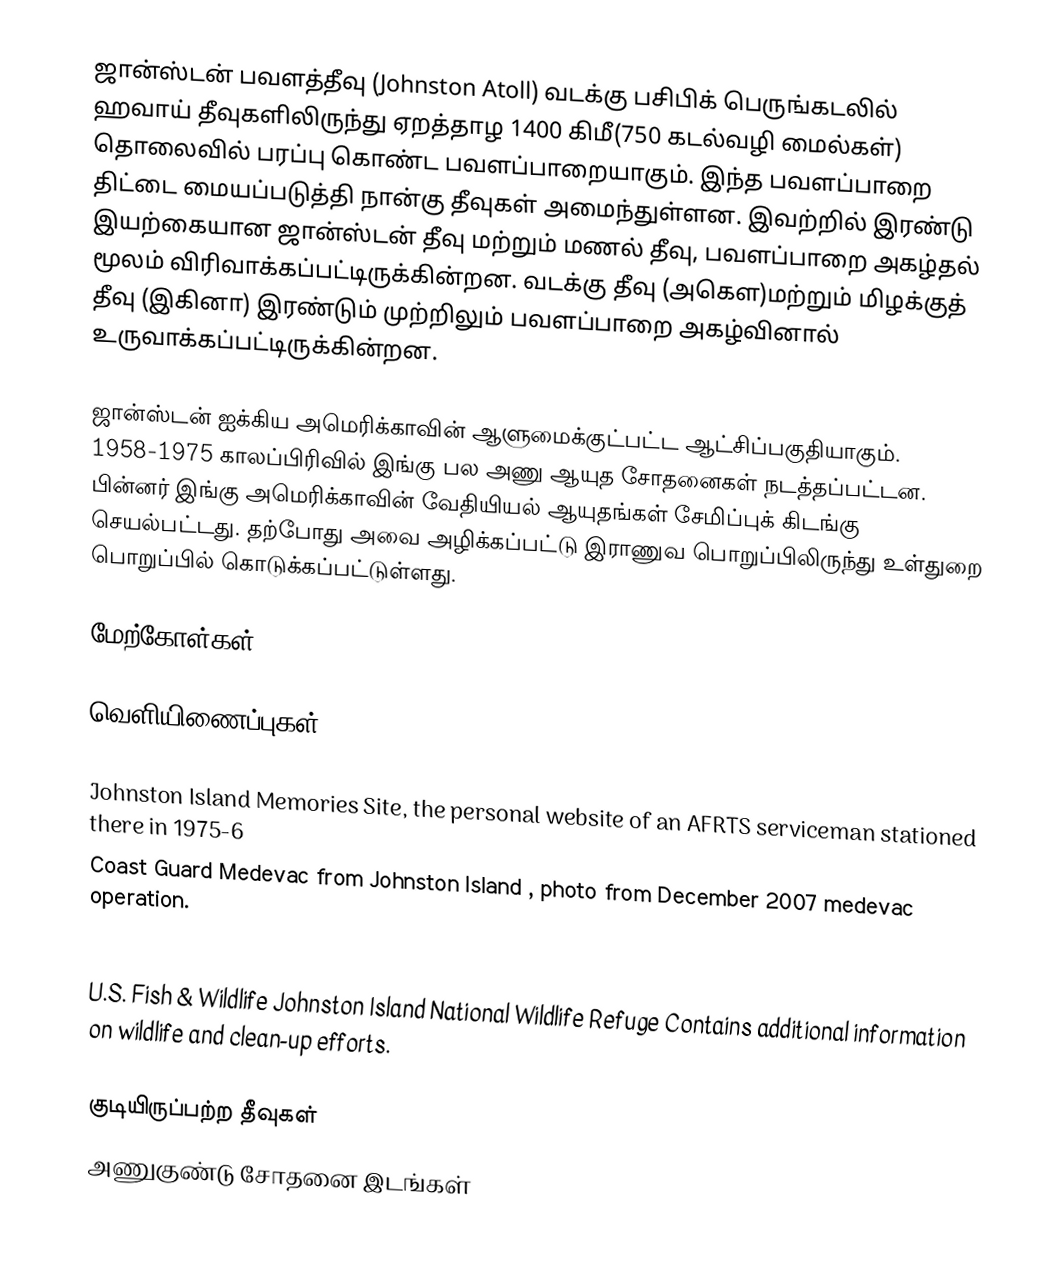
ஜான்ஸ்டன் பவளத்தீவு (Johnston Atoll) வடக்கு பசிபிக் பெருங்கடலில் ஹவாய் தீவுகளிலிருந்து ஏறத்தாழ 1400 கிமீ(750 கடல்வழி மைல்கள்) தொலைவில்  பரப்பு கொண்ட பவளப்பாறையாகும். இந்த பவளப்பாறை திட்டை மையப்படுத்தி நான்கு தீவுகள் அமைந்துள்ளன. இவற்றில் இரண்டு இயற்கையான ஜான்ஸ்டன் தீவு மற்றும் மணல் தீவு, பவளப்பாறை அகழ்தல் மூலம் விரிவாக்கப்பட்டிருக்கின்றன. வடக்கு தீவு (அகௌ)மற்றும் மிழக்குத் தீவு (இகினா) இரண்டும் முற்றிலும் பவளப்பாறை அகழ்வினால் உருவாக்கப்பட்டிருக்கின்றன.

ஜான்ஸ்டன் ஐக்கிய அமெரிக்காவின் ஆளுமைக்குட்பட்ட ஆட்சிப்பகுதியாகும். 1958-1975 காலப்பிரிவில் இங்கு பல அணு ஆயுத சோதனைகள் நடத்தப்பட்டன. பின்னர் இங்கு அமெரிக்காவின் வேதியியல் ஆயுதங்கள் சேமிப்புக் கிடங்கு செயல்பட்டது. தற்போது அவை அழிக்கப்பட்டு இராணுவ பொறுப்பிலிருந்து உள்துறை பொறுப்பில் கொடுக்கப்பட்டுள்ளது.

மேற்கோள்கள்

வெளியிணைப்புகள்

 Johnston Island Memories Site, the personal website of an AFRTS serviceman stationed there in 1975-6
 Coast Guard Medevac from Johnston Island , photo from December 2007 medevac operation.
 JACADS – Johnston Atoll Chemical Agent Disposal System, history of nuclear testing, and JACADS Sarin and VX nerve agent disposal.
 U.S. Fish & Wildlife Johnston Island National Wildlife Refuge  Contains additional information on wildlife and clean-up efforts.

குடியிருப்பற்ற தீவுகள்
அணுகுண்டு சோதனை இடங்கள்